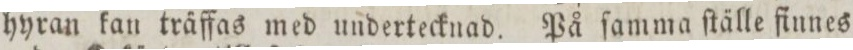
hyran kan träffas med undertecknad. På ſamma ſtälle finnes